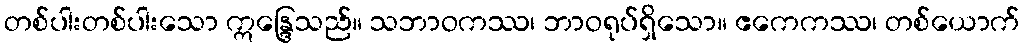
တစ်ပါးတစ်ပါးသော ဣန္ဒြေသည်။ သဘာဝကဿ၊ ဘာဝရုပ်ရှိသော။ ဧကေကဿ၊ တစ်ယောက်